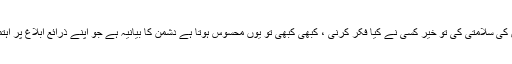
ریاست ، اس کے مفاد ، اس کی سلامتی کی تو خیر کسی نے کیا فکر کرنی ، کبھی کبھی تو یوں محسوس ہوتا ہے دشمن کا بیانیہ ہے جو اپنے ذرائع ابلاغ پر اہتمام سے پیش کیا جا رہا ہے۔